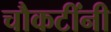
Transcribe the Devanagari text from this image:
चौकटींनी